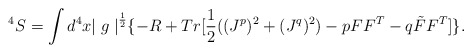
\begin{align*}^4S = \int d^4x {\mid g \mid}^{\frac {1}{2}} \{ - R +Tr [ \frac {1}{2}((J^p)^2 + (J^q)^2) - pFF^T - q\tilde FF^T]\}.\end{align*}